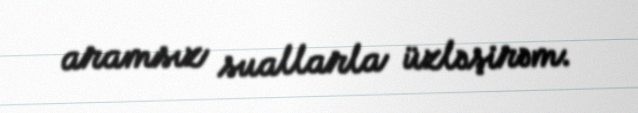
aramsız suallarla üzləşirəm.